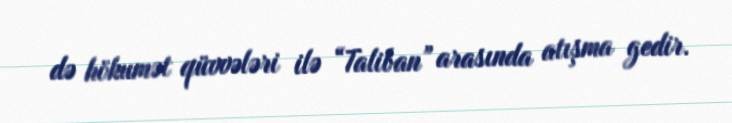
də hökumət qüvvələri ilə “Taliban” arasında atışma gedir.